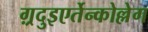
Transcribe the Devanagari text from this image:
ग़्रदुइएर्तेन्कोल्लेग